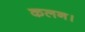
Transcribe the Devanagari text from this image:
कलन।